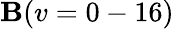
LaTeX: \mathbf{B}(v=0-16)